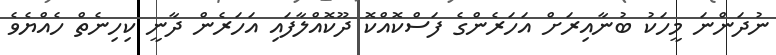
ނުދަންނަ މީހަކު ބުނާއިރަށް އަހަރެންގެ ފަސްކޮއްކޮ ދޫކޮއްލާފައި އަހަރެން ދާނީ ކިހިނެތް ހެއްޔެވެ